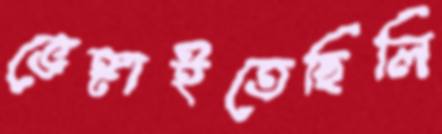
ভেঙ্গাইতেছিলি